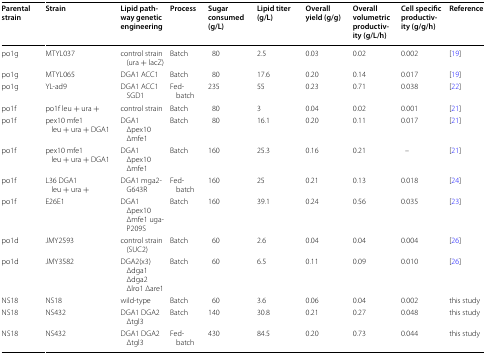
<table><thead><tr><td><b>Parental strain</b></td><td><b>Strain</b></td><td><b>Lipid pathway genetic engineering</b></td><td><b>Process</b></td><td><b>Sugar consumed (g/L)</b></td><td><b>Lipid titer (g/L)</b></td><td><b>Overall yield (g/g)</b></td><td><b>Overall volumetric productivity (g/L/h)</b></td><td><b>Cell specific productivity (g/g/h)</b></td><td><b>Reference</b></td></tr></thead><tbody><tr><td>po1g</td><td>MTYL037</td><td>control strain (ura + lacZ)</td><td>Batch</td><td>80</td><td>2.5</td><td>0.03</td><td>0.02</td><td>0.002</td><td>[19]</td></tr><tr><td>po1g</td><td>MTYL065</td><td>DGA1 ACC1</td><td>Batch</td><td>80</td><td>17.6</td><td>0.20</td><td>0.14</td><td>0.017</td><td>[19]</td></tr><tr><td>po1g</td><td>YL-ad9</td><td>DGA1 ACC1 SGD1</td><td>Fed-batch</td><td>235</td><td>55</td><td>0.23</td><td>0.71</td><td>0.038</td><td>[22]</td></tr><tr><td>po1f</td><td>po1f leu + ura +</td><td>control strain</td><td>Batch</td><td>80</td><td>3</td><td>0.04</td><td>0.02</td><td>0.001</td><td>[21]</td></tr><tr><td>po1f</td><td>pex10 mfe1 leu + ura + DGA1</td><td>DGA1 Δpex10 Δmfe1</td><td>Batch</td><td>80</td><td>16.1</td><td>0.20</td><td>0.11</td><td>0.017</td><td>[21]</td></tr><tr><td>po1f</td><td>pex10 mfe1 leu + ura + DGA1</td><td>DGA1 Δpex10 Δmfe1</td><td>Batch</td><td>160</td><td>25.3</td><td>0.16</td><td>0.21</td><td>–</td><td>[21]</td></tr><tr><td>po1f</td><td>L36 DGA1 leu + ura +</td><td>DGA1 mga2-G643R</td><td>Fed-batch</td><td>160</td><td>25</td><td>0.21</td><td>0.13</td><td>0.018</td><td>[24]</td></tr><tr><td>po1f</td><td>E26E1</td><td>DGA1 Δpex10 Δmfe1 uga-P209S</td><td>Batch</td><td>160</td><td>39.1</td><td>0.24</td><td>0.56</td><td>0.035</td><td>[23]</td></tr><tr><td>po1d</td><td>JMY2593</td><td>control strain (SUC2)</td><td>Batch</td><td>60</td><td>2.6</td><td>0.04</td><td>0.04</td><td>0.004</td><td>[26]</td></tr><tr><td>po1d</td><td>JMY3582</td><td>DGA2(x3) Δdga1 Δdga2 Δlro1 Δare1</td><td>Batch</td><td>60</td><td>6.5</td><td>0.11</td><td>0.09</td><td>0.010</td><td>[26]</td></tr><tr><td>NS18</td><td>NS18</td><td>wild-type</td><td>Batch</td><td>60</td><td>3.6</td><td>0.06</td><td>0.04</td><td>0.002</td><td>this study</td></tr><tr><td>NS18</td><td>NS432</td><td>DGA1 DGA2 Δtgl3</td><td>Batch</td><td>140</td><td>30.8</td><td>0.21</td><td>0.27</td><td>0.048</td><td>this study</td></tr><tr><td>NS18</td><td>NS432</td><td>DGA1 DGA2 Δtgl3</td><td>Fed-batch</td><td>430</td><td>84.5</td><td>0.20</td><td>0.73</td><td>0.044</td><td>this study</td></tr></tbody></table>